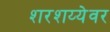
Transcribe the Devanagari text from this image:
शरशय्येवर